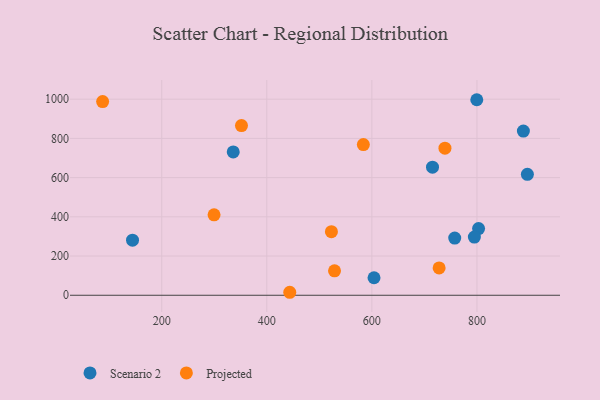
{"axis": {"x": "Price", "y": "Yield"}, "legend": ["Projected", "Scenario 2"], "data": [{"x": "803.1", "y": 340.3, "type": "Scenario 2"}, {"x": "799.7", "y": 997.3, "type": "Scenario 2"}, {"x": "795.1", "y": 296.9, "type": "Scenario 2"}, {"x": "336.1", "y": 731.3, "type": "Scenario 2"}, {"x": "896.0", "y": 616.7, "type": "Scenario 2"}, {"x": "604.1", "y": 89.4, "type": "Scenario 2"}, {"x": "888.4", "y": 837.5, "type": "Scenario 2"}, {"x": "715.4", "y": 653.4, "type": "Scenario 2"}, {"x": "144.4", "y": 281.0, "type": "Scenario 2"}, {"x": "757.7", "y": 291.4, "type": "Scenario 2"}, {"x": "87.5", "y": 987.7, "type": "Projected"}, {"x": "523.0", "y": 324.2, "type": "Projected"}, {"x": "443.7", "y": 15.2, "type": "Projected"}, {"x": "728.0", "y": 139.5, "type": "Projected"}, {"x": "739.1", "y": 750.0, "type": "Projected"}, {"x": "528.9", "y": 124.5, "type": "Projected"}, {"x": "299.6", "y": 410.4, "type": "Projected"}, {"x": "351.8", "y": 865.2, "type": "Projected"}, {"x": "583.8", "y": 768.4, "type": "Projected"}]}